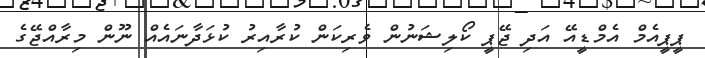
ޕީޕީއެމް އެމްޑީއޭ އަދި ޖޭޕީ ކޯލިޝަނުން ވެރިކަން ކުރާއިރު ކުޅަދާނައެއް ނޫން މިރާއްޖޭގެ